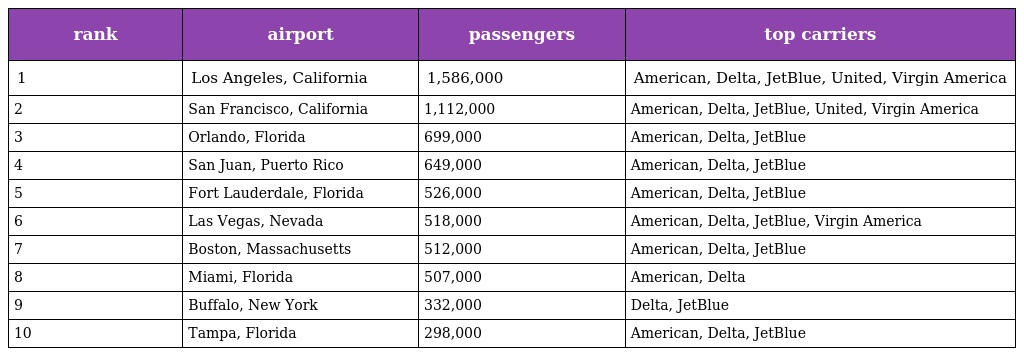
| rank | airport | passengers | top carriers |
 | --- | --- | --- | --- |
 | 1 | Los Angeles, California | 1,586,000 | American, Delta, JetBlue, United, Virgin America |
 | 2 | San Francisco, California | 1,112,000 | American, Delta, JetBlue, United, Virgin America |
 | 3 | Orlando, Florida | 699,000 | American, Delta, JetBlue |
 | 4 | San Juan, Puerto Rico | 649,000 | American, Delta, JetBlue |
 | 5 | Fort Lauderdale, Florida | 526,000 | American, Delta, JetBlue |
 | 6 | Las Vegas, Nevada | 518,000 | American, Delta, JetBlue, Virgin America |
 | 7 | Boston, Massachusetts | 512,000 | American, Delta, JetBlue |
 | 8 | Miami, Florida | 507,000 | American, Delta |
 | 9 | Buffalo, New York | 332,000 | Delta, JetBlue |
 | 10 | Tampa, Florida | 298,000 | American, Delta, JetBlue |